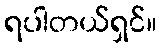
ရပါတယ်ရှင်။